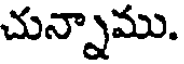
చున్నాము.